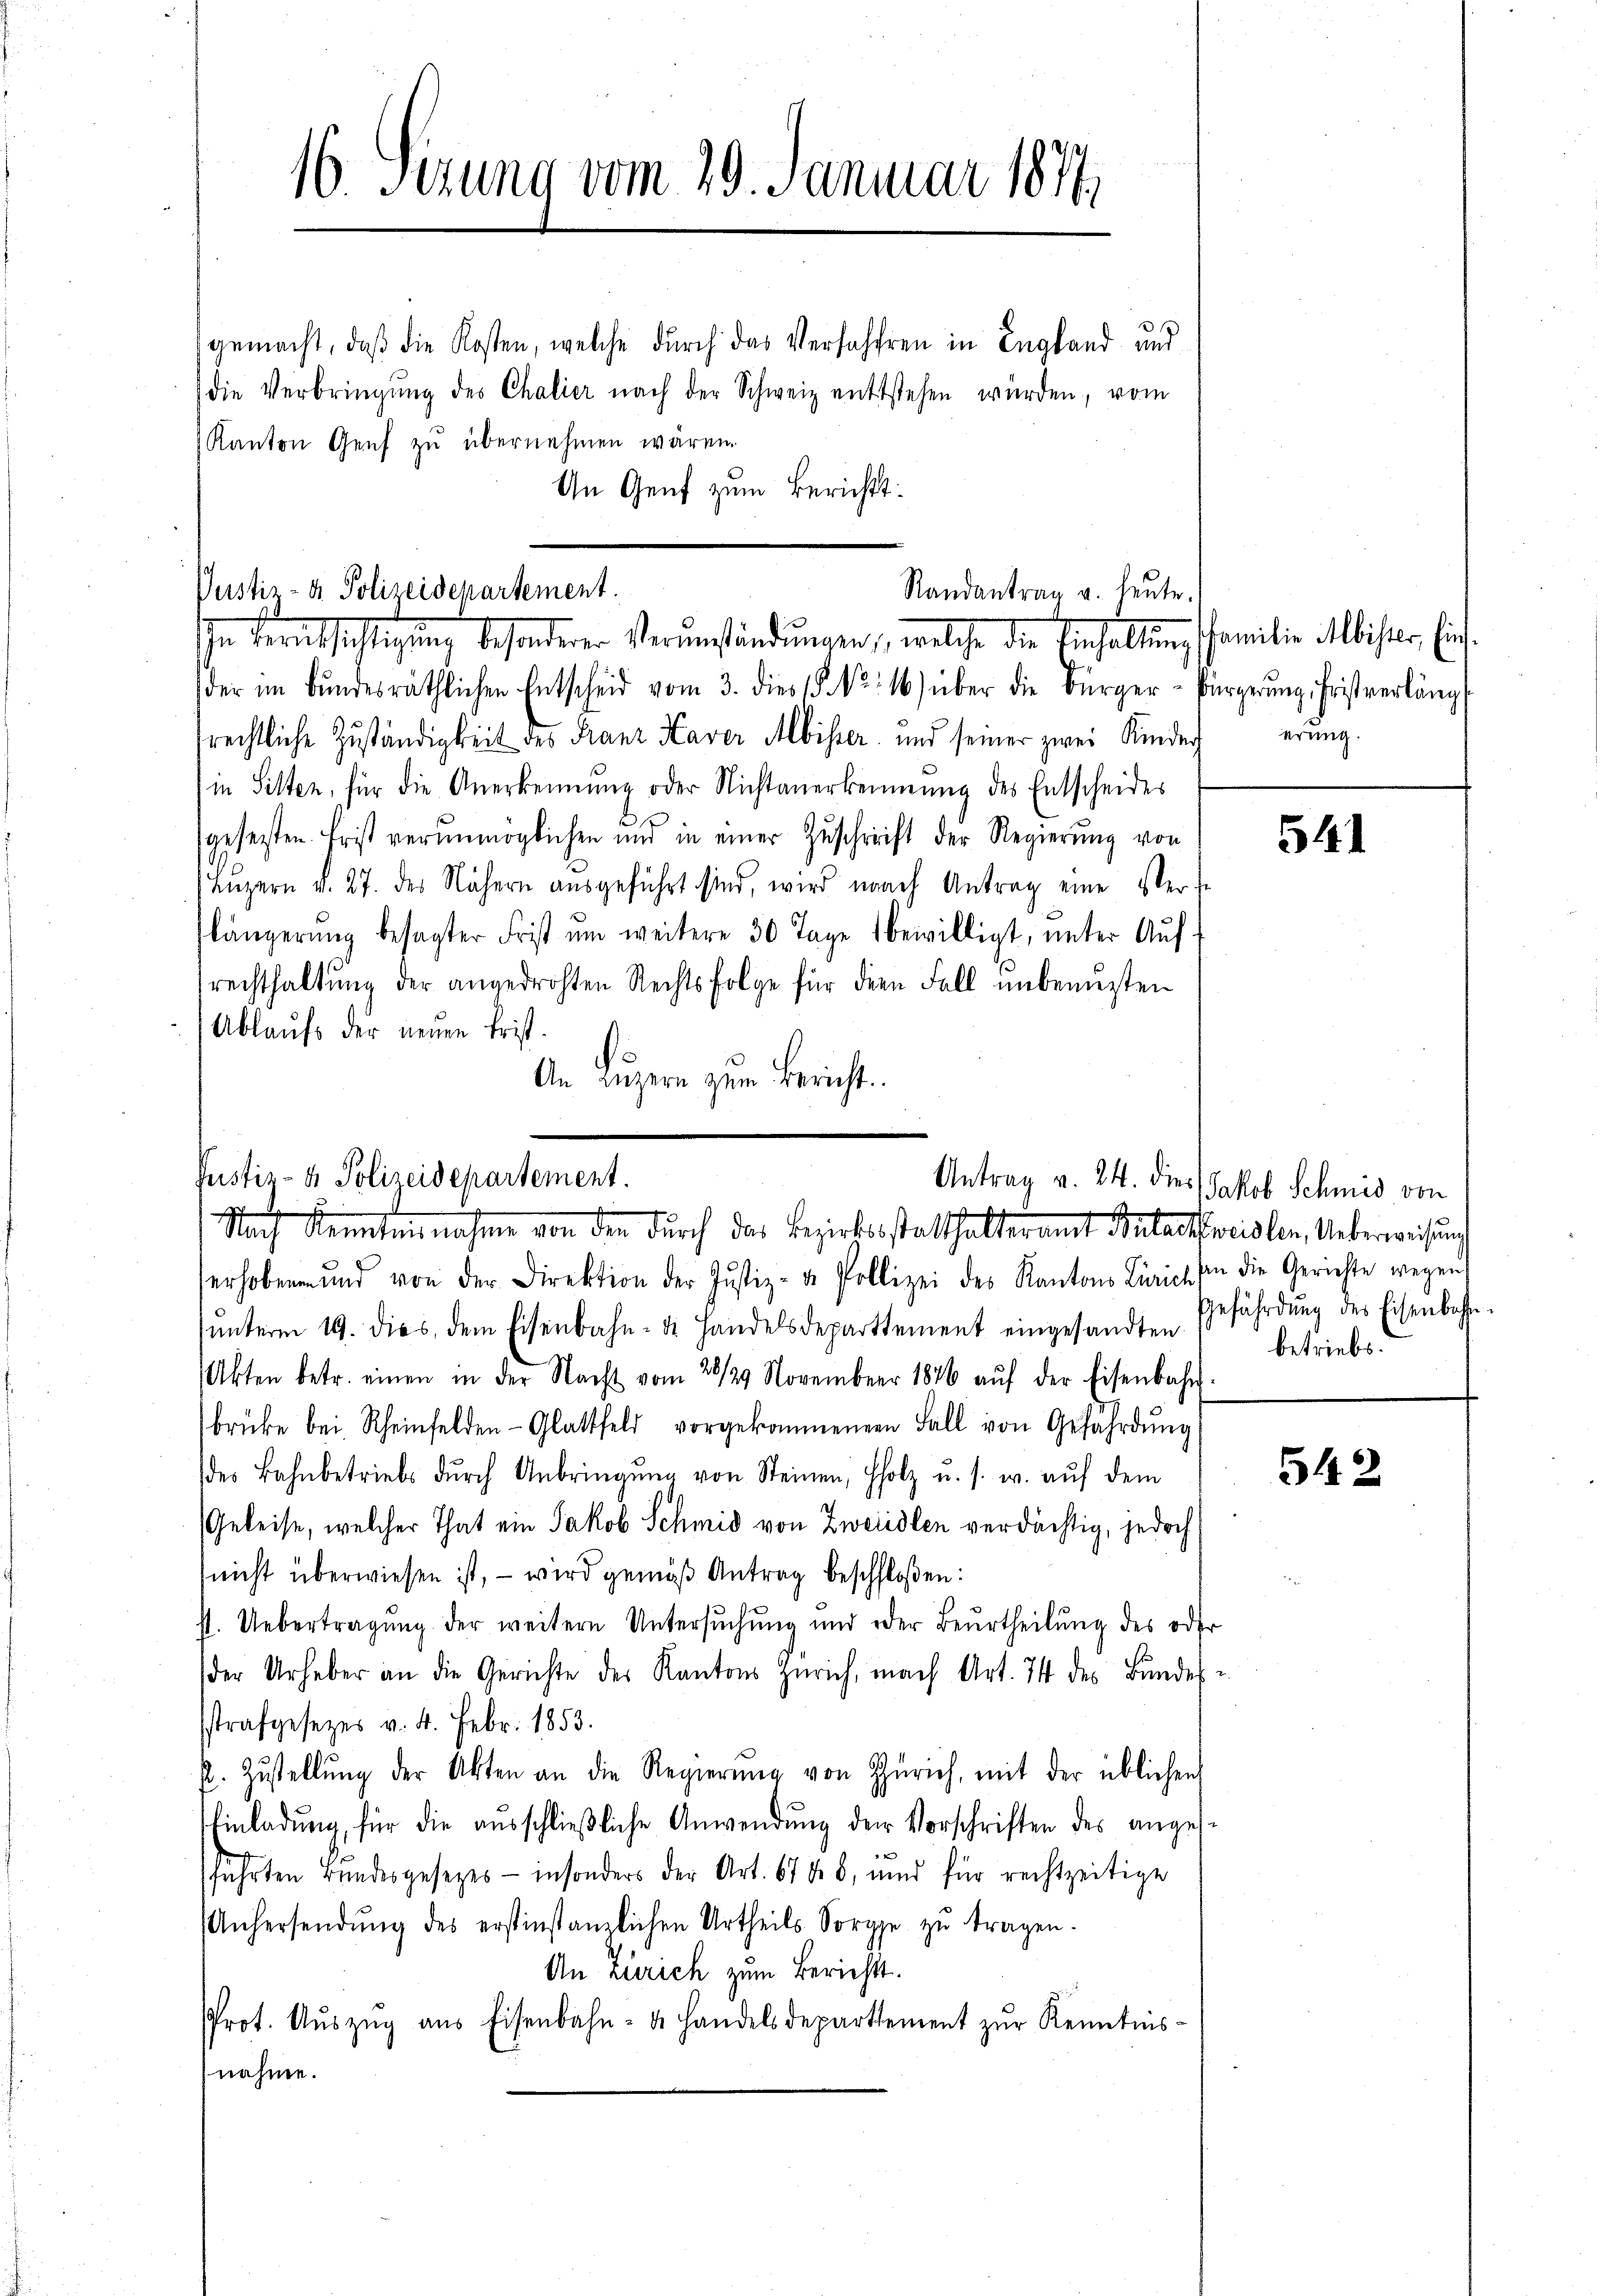
16. Serung vom 29. Januar 1874

gemacht, daß die Kosten, welche durch das Verfahren in England und
die Verbringŭng des Chalier nach der Schweiz enttstehen würden, vom
Kanton Genf zu übernehmen wären.
An Genf zum Berichts¬

der im Bŭndesräthlichen Entscheid vom 3. dies (§ NNo. 16) über die Bürger-Bürgerŭng. Fristverlängs
frechtliche Zuständigkeit des Franz Haver Albisser und seiner zwei Kinder
in Sitten, für die Anerkennung oder Nichtanerkennung des Entscheides
gesezten Frist verunmöglichen und in einer Zŭschrift der Regierŭng von
Luzern v. 27. des Nähern ausgeführt sind, wird nach Antrag eine Verf
längerŭng besagter Frist um weitere 30 Tage bewilligt, unter Aŭf-
rechthaltŭng der angedrohten Rechtsfolge für dem Fall unbenuzten
Ablaufs der neuen Frist.
.
An Luzern zum Bericht.
erhoben und von der Direktion der Justiz- & Pollizei des Kantons Zürich in die Gerichte wegen
ŭnterm 19. dies, dem Eisenbahn- die Handelsdeparttement eingesandten
Akten betr. einen in der Nacht vom 28/29. November 1876 aŭf der Eisenbahn-
brüke bei. Rheinfelden-Glattfeld vorgekommenen Fall von Gefährdŭng
des Bahnbetriebs dŭrch Anbringŭng von Steinen, Holz u. s. w. aŭf dem
Geleise, welcher That ein Jakob Schmid von Zweidlen verdächtig, jedoch
(nicht überwiesen ist, – wird gemäß Antrag beschloßen:
st. Uebertragung der weitere Untersŭchŭng und oder Beurtheilŭng des oder
der Urheber an die Gerichte des Kantons Zürich, nach Art. 74 des Bundes
strafgesezes v. 4. Febr. 1853.
k. Zustellŭng der Akten an die Regierŭng von Zürich, mit der üblichen
Einladŭng, für die aŭsschlieβliche Anwendŭng der Vorschriften des anges
führten Bundesgesetzes - in sonders der Art. 67 d. 8, und für rechtzeitige
Anhersendŭng des erstinstanzlichen Urtheils Sorge zŭ tragen.
An Zürich zum Berichts.
Prot. Aŭszŭg ans Eisenbahn- u. Handelsdepartement zŭr Kenntnis-
nahme.

Justiz- & Polizeidepartement.
Randantrag u. heute.
Ihn Berufsfälligung besonderer Verumständungen, welche die Einhaltung

Justiz- & Polizeidepartement.
Antrag v. 24. dies
f
Nach Kenntennahme von den durch das Bezirksstatthalteramt Antackweisler, Ueberweisung

Familie Albister, Einserung.

541

Jakob Schmid von
Gefährdung des Eisenbahn.
betriebs.

542